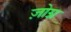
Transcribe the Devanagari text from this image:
ज़ोग्न